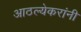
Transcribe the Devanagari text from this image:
आठल्येकरांनी